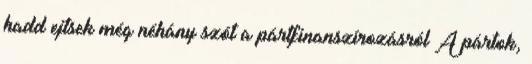
hadd ejtsek még néhány szót a pártfinanszírozásról A pártok,